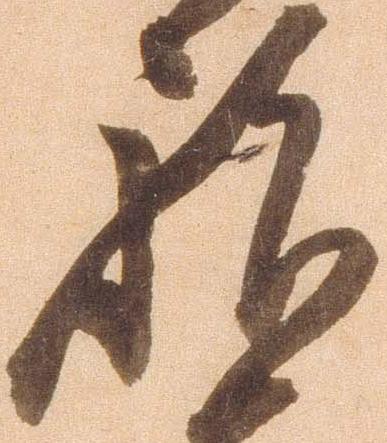
祝